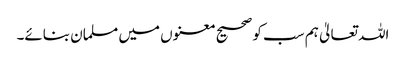
اللہ تعالیٰ ہم سب کو صحیح معنوں میں مسلمان بنائے۔